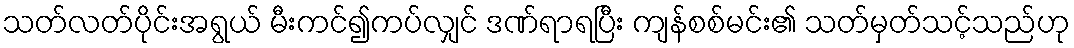
သတ်လတ်ပိုင်းအရွယ် မီးကင်၍ကပ်လျှင် ဒဏ်ရာရပြီး ကျန်စစ်မင်း၏ သတ်မှတ်သင့်သည်ဟု